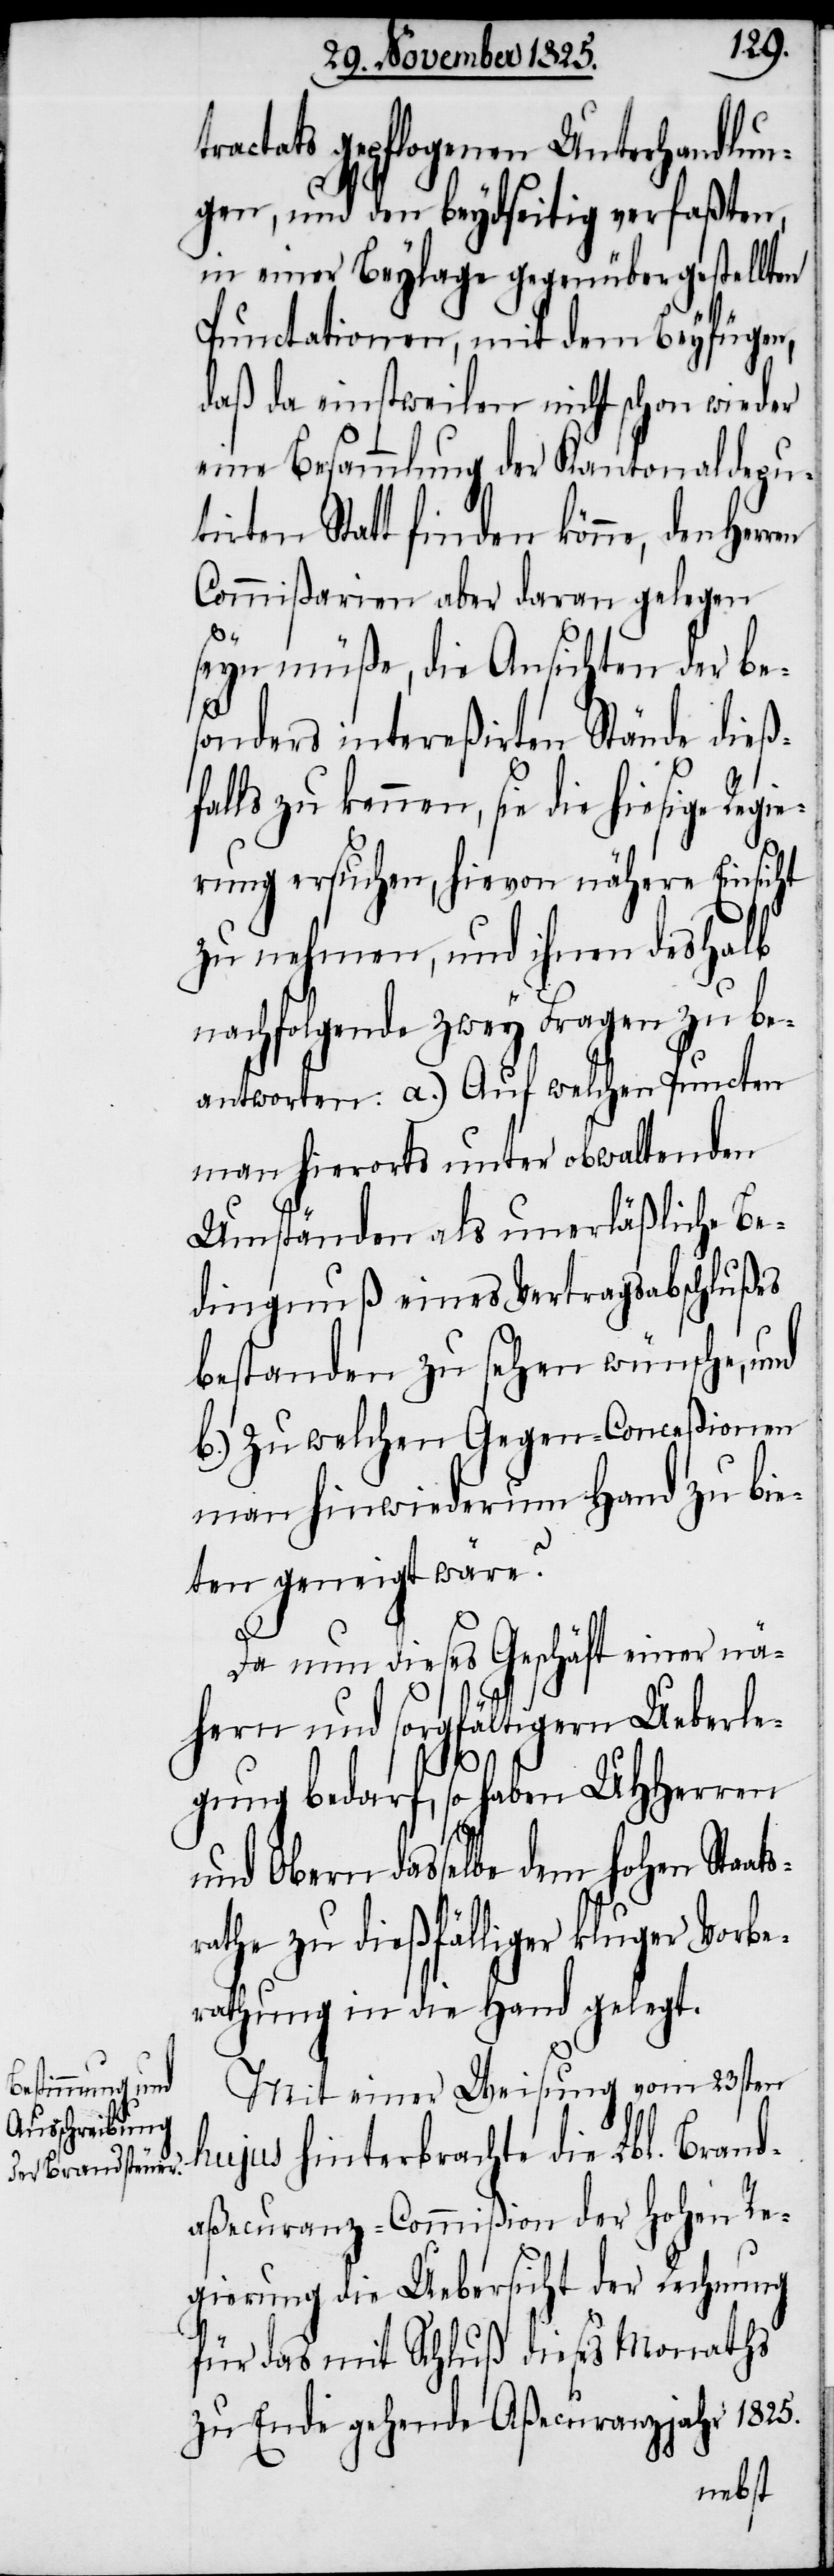
tractats gepflogenen Unterhandlun¬
gen, und den beydseitig verfaßten,
in einer Beylage gegenübergestellten
Punctationen, mit dem Beyfügen,
daß da einstweilen nicht schon wieder
eine Besammlung der Kantonaldepu¬
tirten Statt finden könne, den
Commißarien aber daran gelegen
seyn müße, die Ansichten der be¬
sonders intereßirten Stände dieß¬
falls zu kennen, sie die hiesige Regie¬
rung ersuchen, hievon nähere Einsicht
zu nehmen, und ihnen deshalb
nachfolgende zwey Fragen zu be¬
antworten: a.) Auf welchen Puncten
man hierorts unter obwaltenden
Umständen als unerläßliche Be¬
dingnuß eines Vertragsabschlußes
bestanden zu sehen wünsche, und
b.) zu welchen Gegen-Conceßionen
man hinwiederum Hand zu bie¬
ten geneigt wäre?
ats¬
Da nun dieses Geschäft einer nä¬
hern und sorgfältigern Ueberle¬
gung bedarf, so haben UHHerren
und Obern dasselbe dem hohen Sta¬
rathe zu dießfälliger kluger Vorbe¬
rathung in die Hand gelegt.
Mit einer Weisung vom 23sten
hujus hinterbrachte die Lbl. Brand¬
aßecuranz-Commißion der hohen Re¬
gierung die Uebersicht der Rechnung
für das mit Schluß dieses Monaths
zu Ende gehende Aßecuranzjahr 1825.